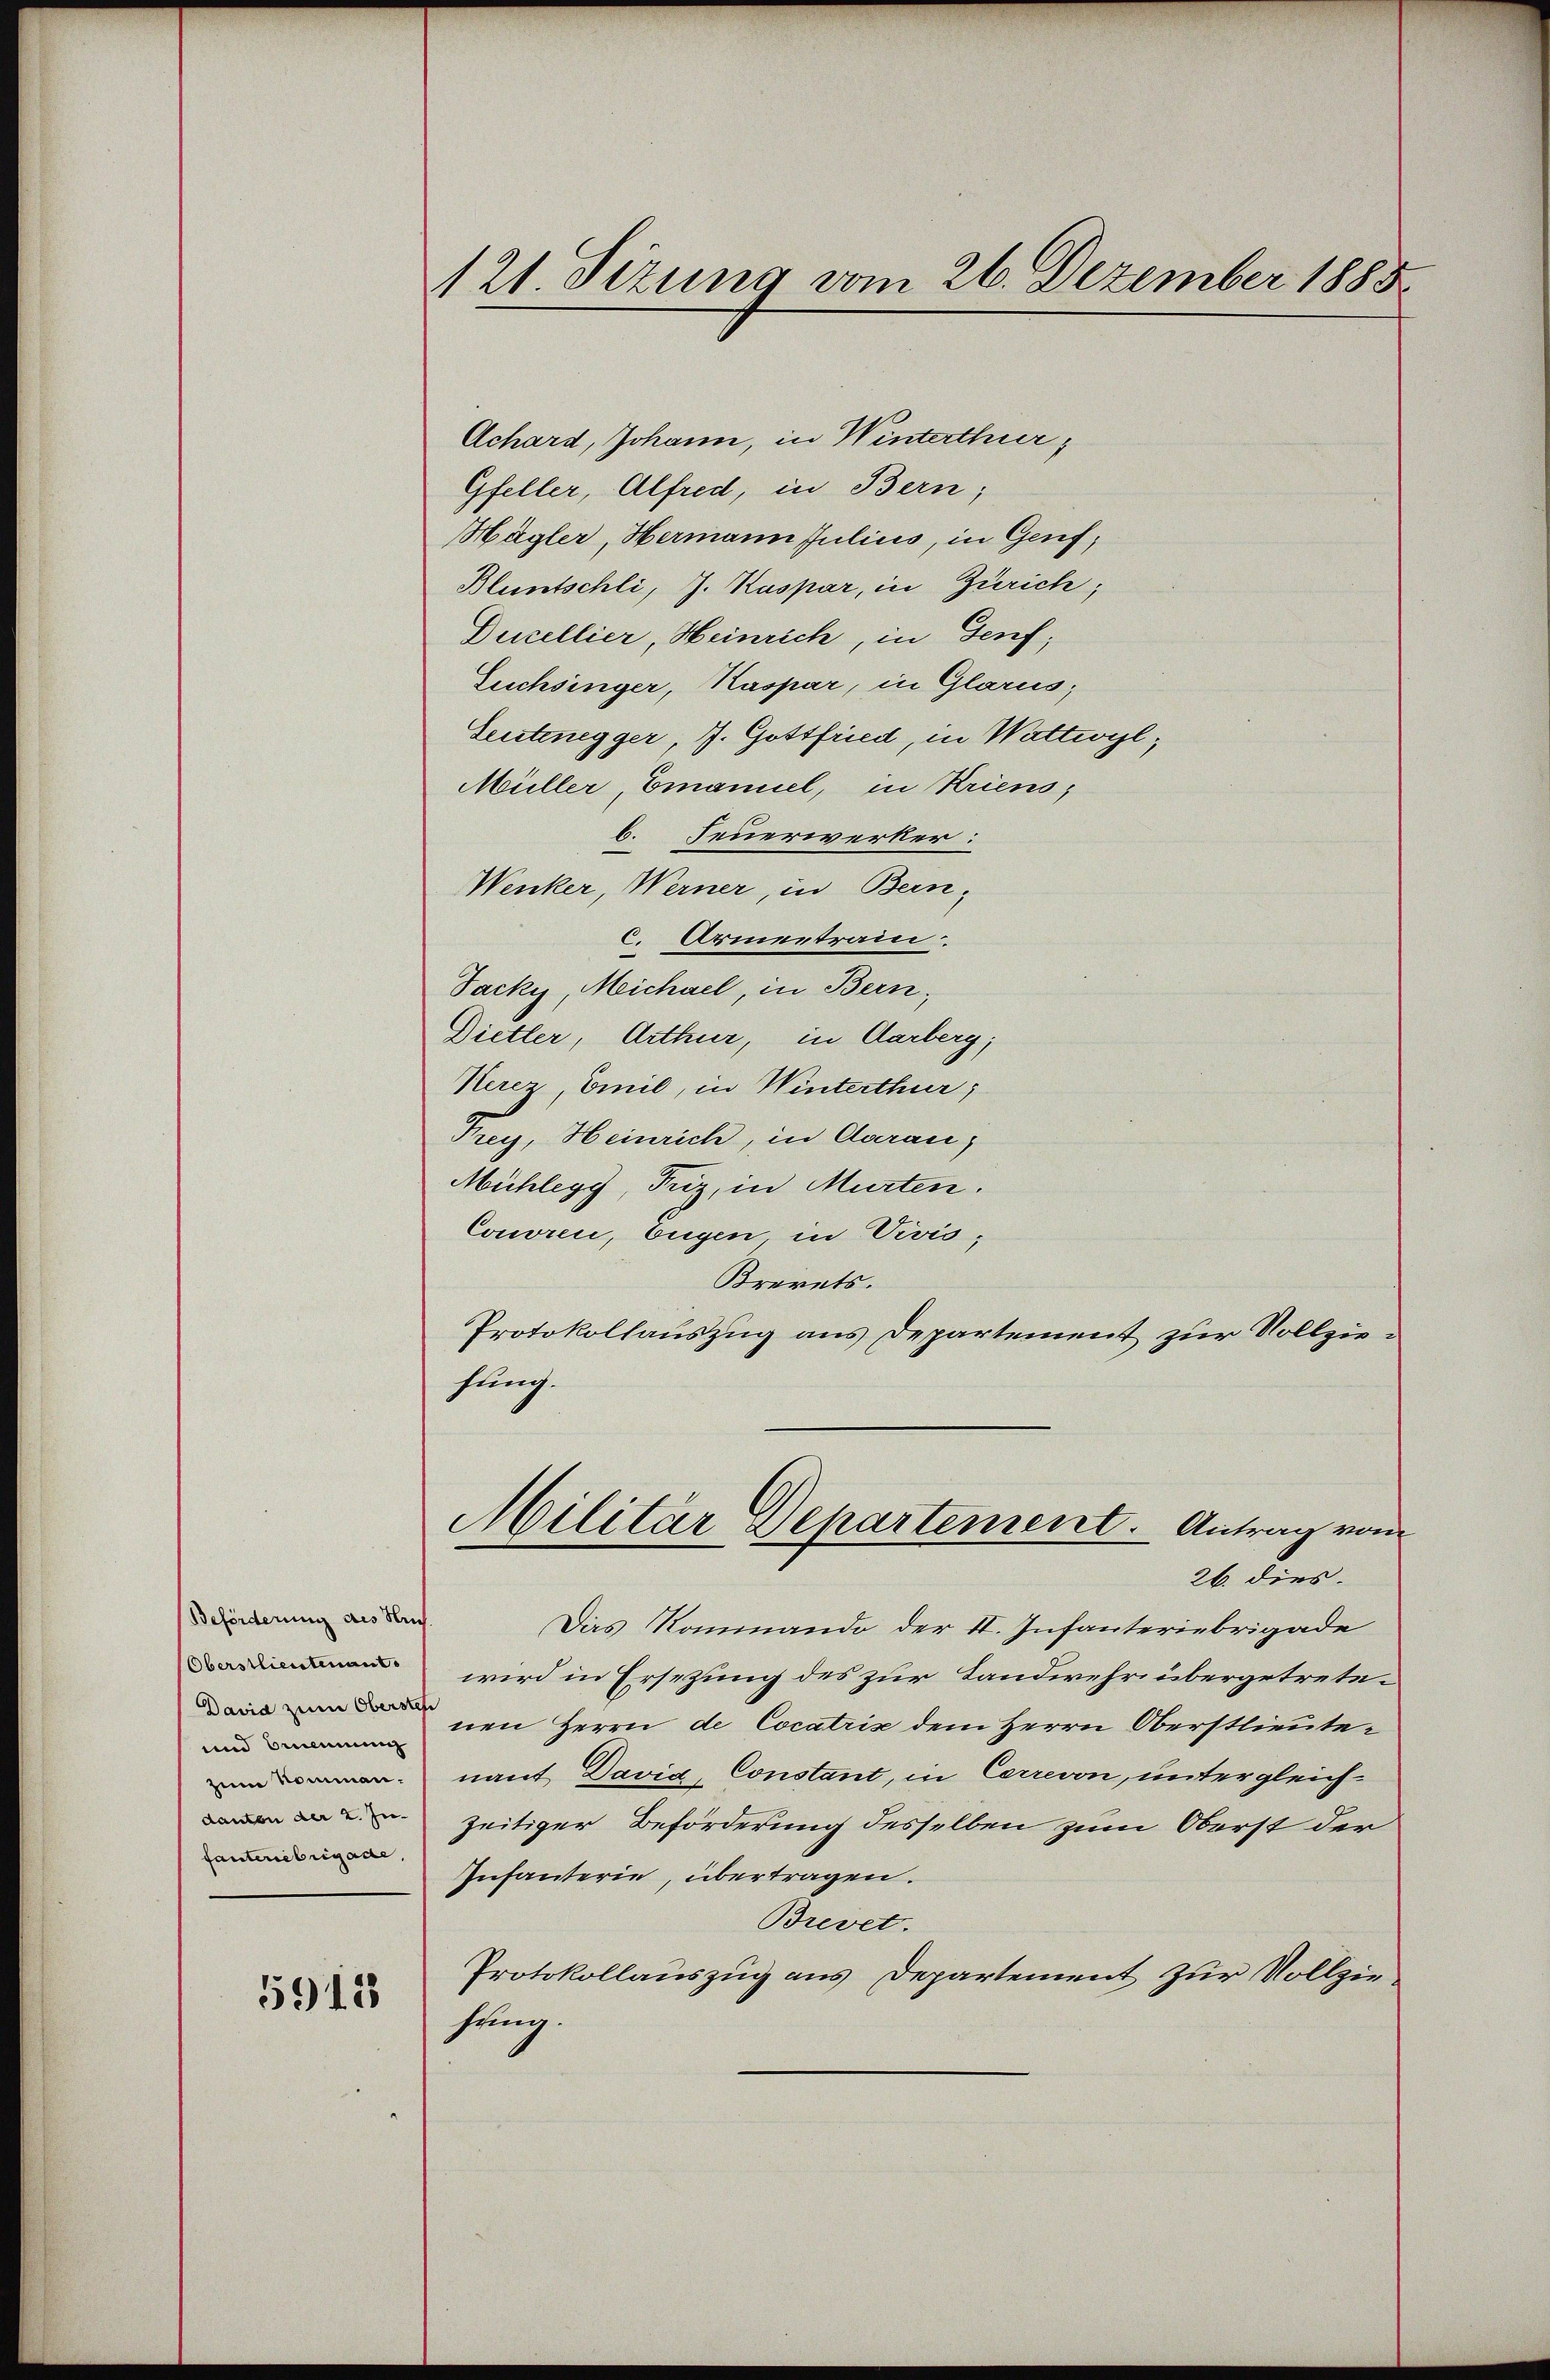
Beförderung des Hr
Oberstlieutenants
David zum Obers
und Benennung
zum Nommandanten der 2. Jufanteriebrigade

5912

121. Sizung vom 26. Dezember 1888

Achard, Johann, in Winterthur,
Gfeller, Alfred, in Bern;
Hägler, Hermann Julius, in Genf,
Bluntschli, J. Kaspar, in Zürich;
Ducellier, Heinrich, in Genf,
Luchsinger, Kaspar, in Glarus;
Seitenegger, J. Gottfried, in Wattwyl,
Müller, Emanuel, in Kriens,
b. Feuerwerker:
Wenker, Werner, in Bern,
C. Armentrain.
Jacky, Michael, in Bern,
Dietler, Arthur, in Aarberg;
Herer Emil, in Winterthur;
Frey, Heinrich, in Aarau,
Mühlegg, Friz, in Murten.
Couoren, Eugen, in Divis;
Brevets.
Protokollauszug aus Departement zur Vollziesung.
Militär Departement. Antrag vom
26. dies
Das Rommando der II. Infanteriebrigade
wird in Ersetzung des zur Landwehr übergetretenen Herrn de Cocatris dem Herrn Oberstlieutenant David Constant, in Correvon, untergleichzeitiger Beförderung desselben zum Oberst der
Infanterie, übertragen.
Brevet.
Protokollauszug aus Departement zur Vollziehung.